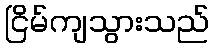
ငြိမ်ကျသွားသည်